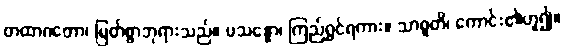
တထာဂတော၊ မြတ်စွာဘုရားသည်။ ပသန္နော၊ ကြည်ရွှင်ရကား။ သာဓူတိ၊ ကောင်း၏ဟူ၍။